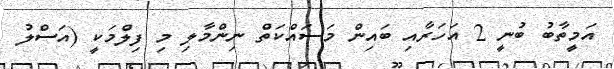
އަމީތާބު ބުނީ 2 އަހަރާއި ބައިން މަސައްކަތް ނިންމާލި މި ފިލްމަކީ (އަސްލު